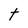
Character: t